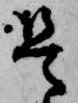
是